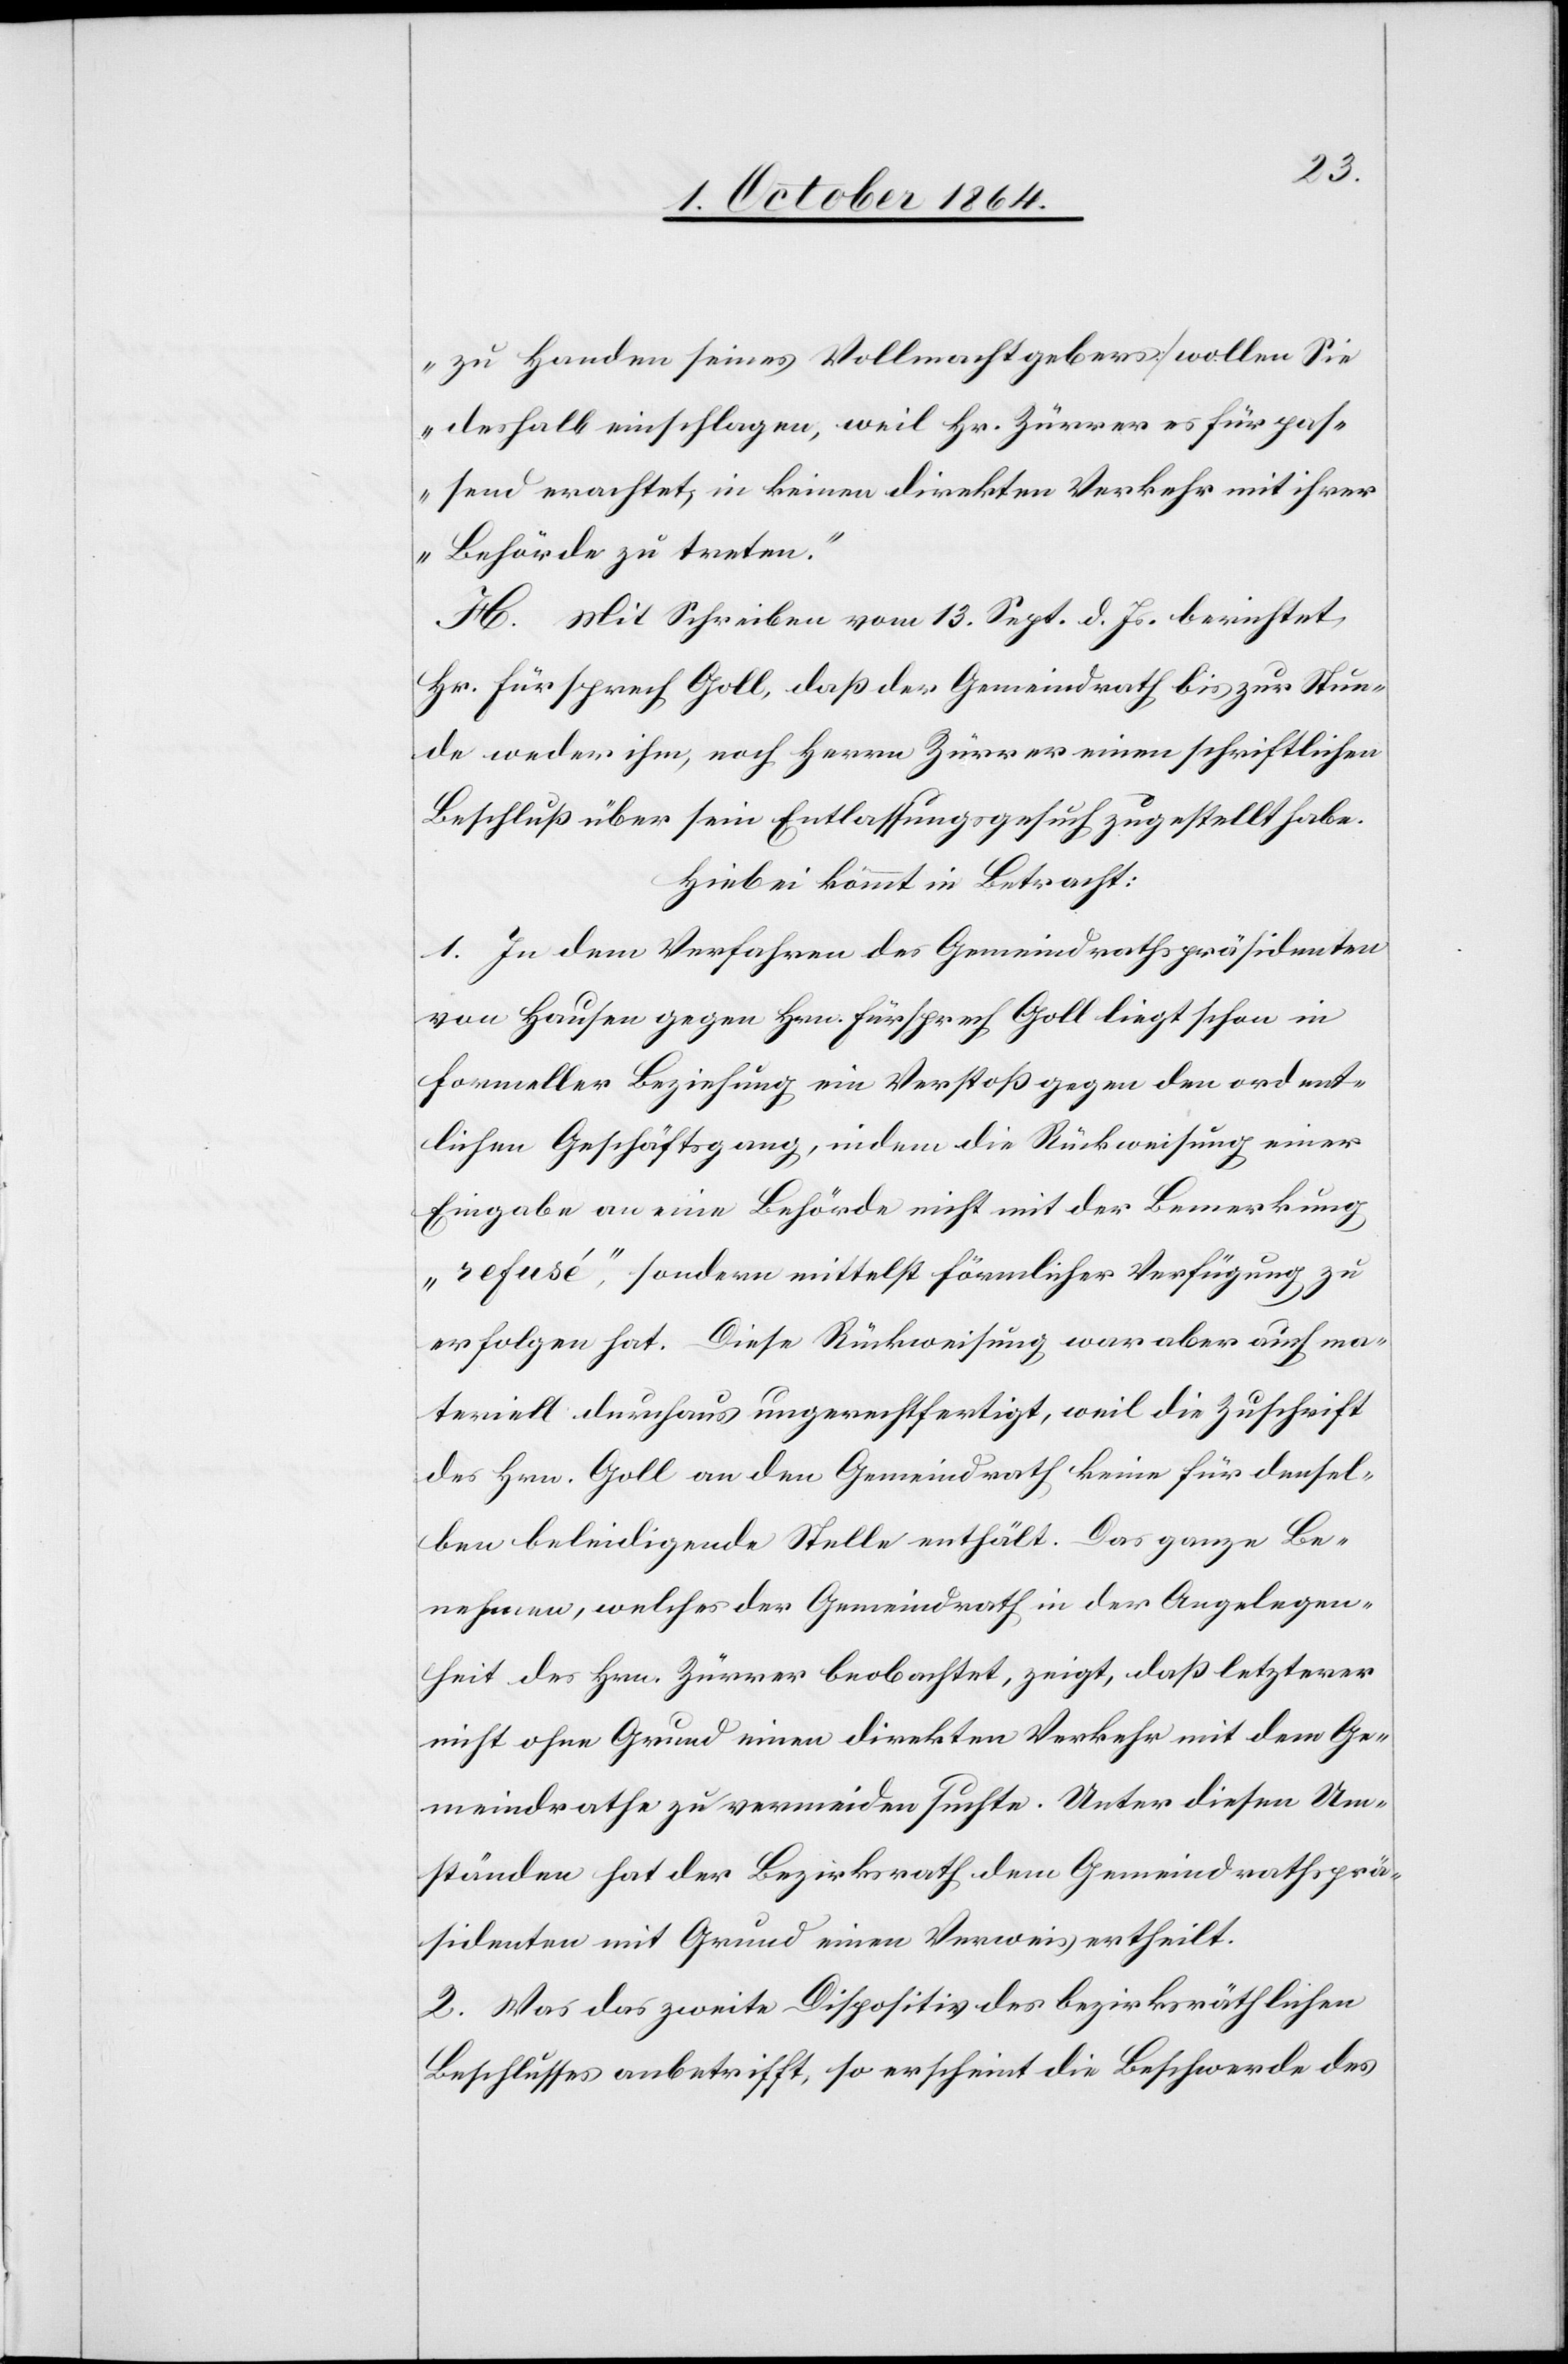
zu Handen seines Vollmachtgebers] wollen Sie
deshalb einschlagen, weil Hr. Zürrer es für pas¬
send erachtet, in keinen direkten Verkehr mit ihrer
Behörde zu treten.“
H. Mit Schreiben vom 13. Sept. d. Js. berichtet
Hr. Fürsprech Goll, daß der Gemeindrath bis zur Stun¬
de weder ihm, noch Herrn Zürrer einen schriftlichen
Beschluß über sein Entlassungsgesuch zugestellt habe.
Hiebei kommt in Betracht:
1. In dem Verfahren des Gemeindrathspräsidenten
von Hausen gegen Hrn. Fürsprech Goll liegt schon in
formeller Beziehung ein Verstoß gegen den ordent¬
lichen Geschäftsgang, indem die Rückweisung einer
Eingabe an eine Behörde nicht mit der Bemerkung
„refusé“, sondern mittelst förmlicher Verfügung zu
erfolgen hat. Diese Rückweisung war aber auch ma¬
teriell durchaus ungerechtfertigt, weil die Zuschrift
des Hrn. Goll an den Gemeindrath keine für densel¬
ben beleidigende Stelle enthält. Das ganze Be¬
nehmen, welches der Gemeindrath in der Angelegen¬
heit des Hrn. Zürrer beobachtet [sic!], zeigt, daß letzterer
nicht ohne Grund einen direkten Verkehr mit dem Ge¬
meindrathe zu vermeiden suchte. Unter diesen Um¬
ständen hat der Bezirksrath dem Gemeindrathsprä¬
sidenten mit Grund einen Verweis ertheilt.
2. Was das zweite Dispositiv des bezirksräthlichen
Beschlusses anbetrifft, so erscheint die Beschwerde des